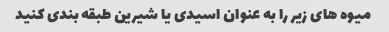
میوه های زیر را به عنوان اسیدی یا شیرین طبقه بندی کنید